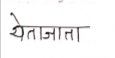
मजकूर: येताजाता